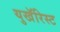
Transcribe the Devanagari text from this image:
युखॅरिस्ट